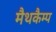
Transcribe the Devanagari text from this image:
मैथकैम्प